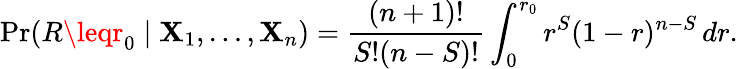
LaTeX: \operatorname*{Pr}(R\leqr_{0}\mid\mathbf{X}_{1},\ldots,\mathbf{X}_{n})={\frac{{(n+1)!}}{{S!(n-S)!}}}\int_{0}^{r_{0}}r^{S}(1-r)^{n-S}\, dr.